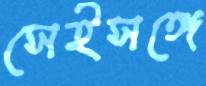
সেইসঙ্গে